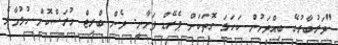
"ދަރުބާރުގޭ ބިއްދަށުން ކަހަލަ ގޮތަކަށް ޕެރޭޑް ފަށާނީ. ދެން ބްރިޖް ހުރަސްކޮށް ހުޅުމާލެ